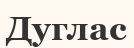
Дуглас